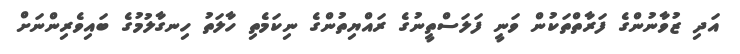
އަދި ޒުވާނުންގެ ފަރާތްތަކުން ވަނީ ފަލަސްތީނުގެ ރައްޔިތުންގެ ނިކަމެތި ހާލަތު ހިނގާލުމުގެ ބައިވެރިންނަށް